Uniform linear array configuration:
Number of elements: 24
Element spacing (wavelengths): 1
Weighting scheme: binomial
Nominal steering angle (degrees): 45
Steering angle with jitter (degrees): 45.368
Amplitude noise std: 0.05
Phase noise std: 0.05

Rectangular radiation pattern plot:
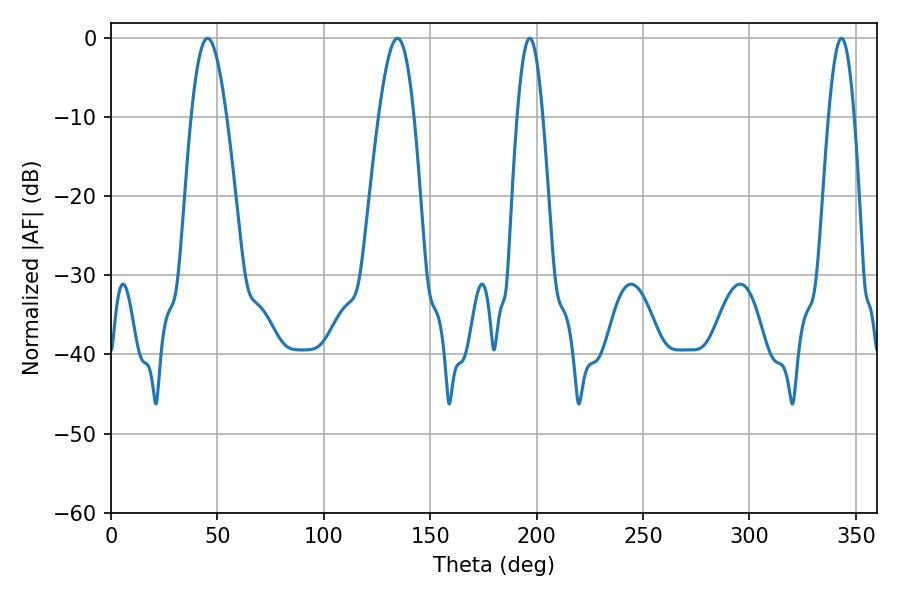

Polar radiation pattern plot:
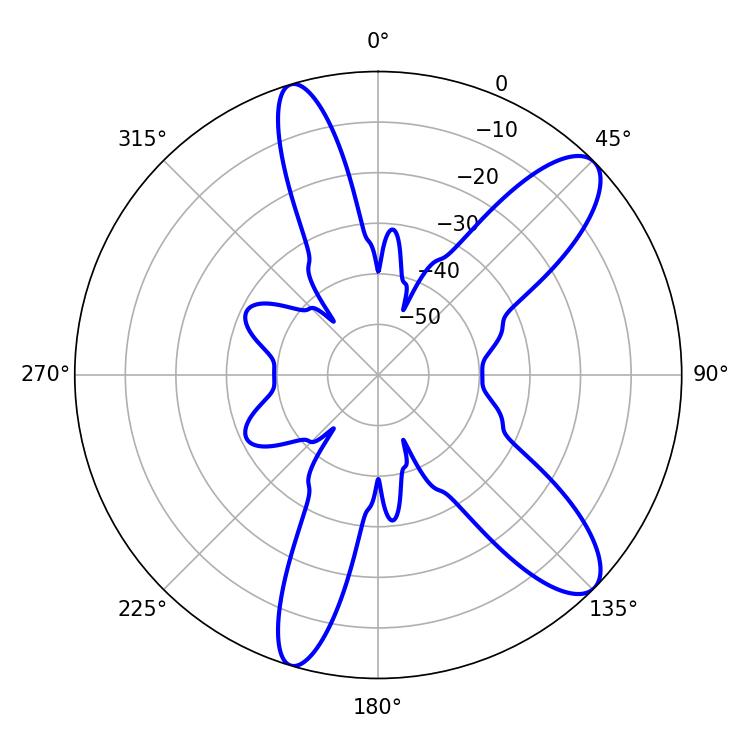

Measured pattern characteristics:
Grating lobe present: TRUE
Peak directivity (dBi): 10.655
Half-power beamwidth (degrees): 6.48
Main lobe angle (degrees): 196.74